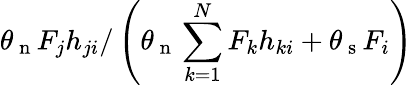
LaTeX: \theta_{\mathrm{~n~}}F_{j}h_{ji}/\left(\theta_{\mathrm{~n~}}\sum_{k=1}^{N}F_{k}h_{ki}+\theta_{\mathrm{~s~}}F_{i}\right)